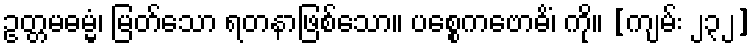
ဥတ္တမဓမ္မံ၊ မြတ်သော ရတနာဖြစ်သော။ ပစ္စေကဗောဓိံ၊ ကို။ [ကျမ်း ၂၃၂]